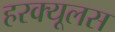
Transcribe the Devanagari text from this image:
हरक्‍यूलस